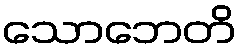
သောဘေတိ